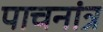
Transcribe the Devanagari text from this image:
पाचनांत्र